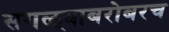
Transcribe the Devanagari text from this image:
सगळ्याबरोबरच